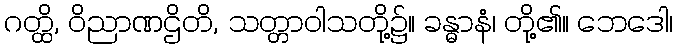
ဂတ္ထိ, ဝိညာဏဌိတိ, သတ္တာဝါသတို့၌။ ခန္ဓာနံ၊ တို့၏။ ဘေဒေါ၊